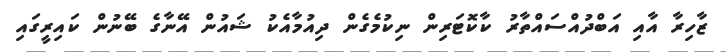
ޒާހިރާ އާއި އަބްދުއްސައްތާރު ކާކޮޓަރިން ނިކުމެގެން ދިއުމާއެކު ޝައުން އޭނާގެ ބޭނުން ކައިރީގައި